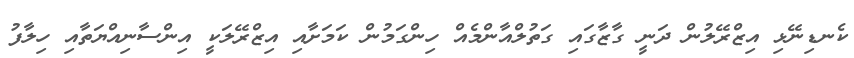
ކެނޑިނޭޅި އިޒްރޭލުން ދަނީ ގާޒާގައި ގަތުލްއާންމެއް ހިންގަމުން ކަމަށާއި އިޒްރޭލަކީ އިންސާނިއްޔަތާއި ހިލާފު